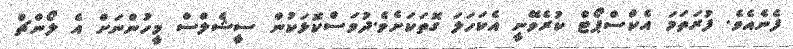
ފެނެއެވެ. ފުރަތަމަ އެކްސްޕޯޓް ކުރެވޭނީ އެކަހަލަ ގޮތަކަށެވެ.ދުވަސްކޮޅަކުން ސީޝެލްސް މީހުންނަށް އެ ލޯންޗް